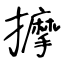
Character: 擵